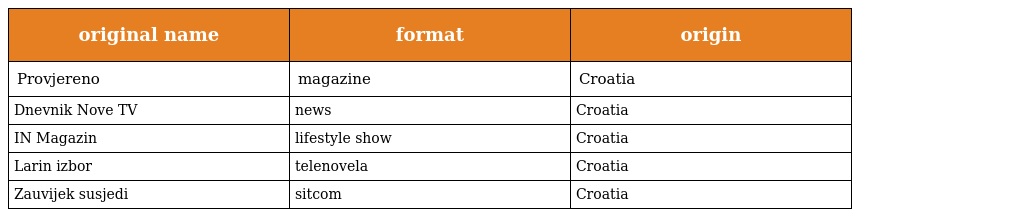
| original name | format | origin |
 | --- | --- | --- |
 | Provjereno | magazine | Croatia |
 | Dnevnik Nove TV | news | Croatia |
 | IN Magazin | lifestyle show | Croatia |
 | Larin izbor | telenovela | Croatia |
 | Zauvijek susjedi | sitcom | Croatia |